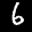
Label: 6